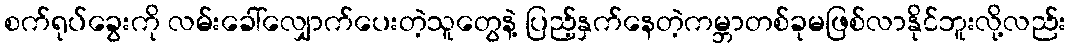
စက်ရုပ်ခွေးကို လမ်းခေါ်လျှောက်ပေးတဲ့သူတွေနဲ့ ပြည့်နှက်နေတဲ့ကမ္ဘာတစ်ခုမဖြစ်လာနိုင်ဘူးလို့လည်း